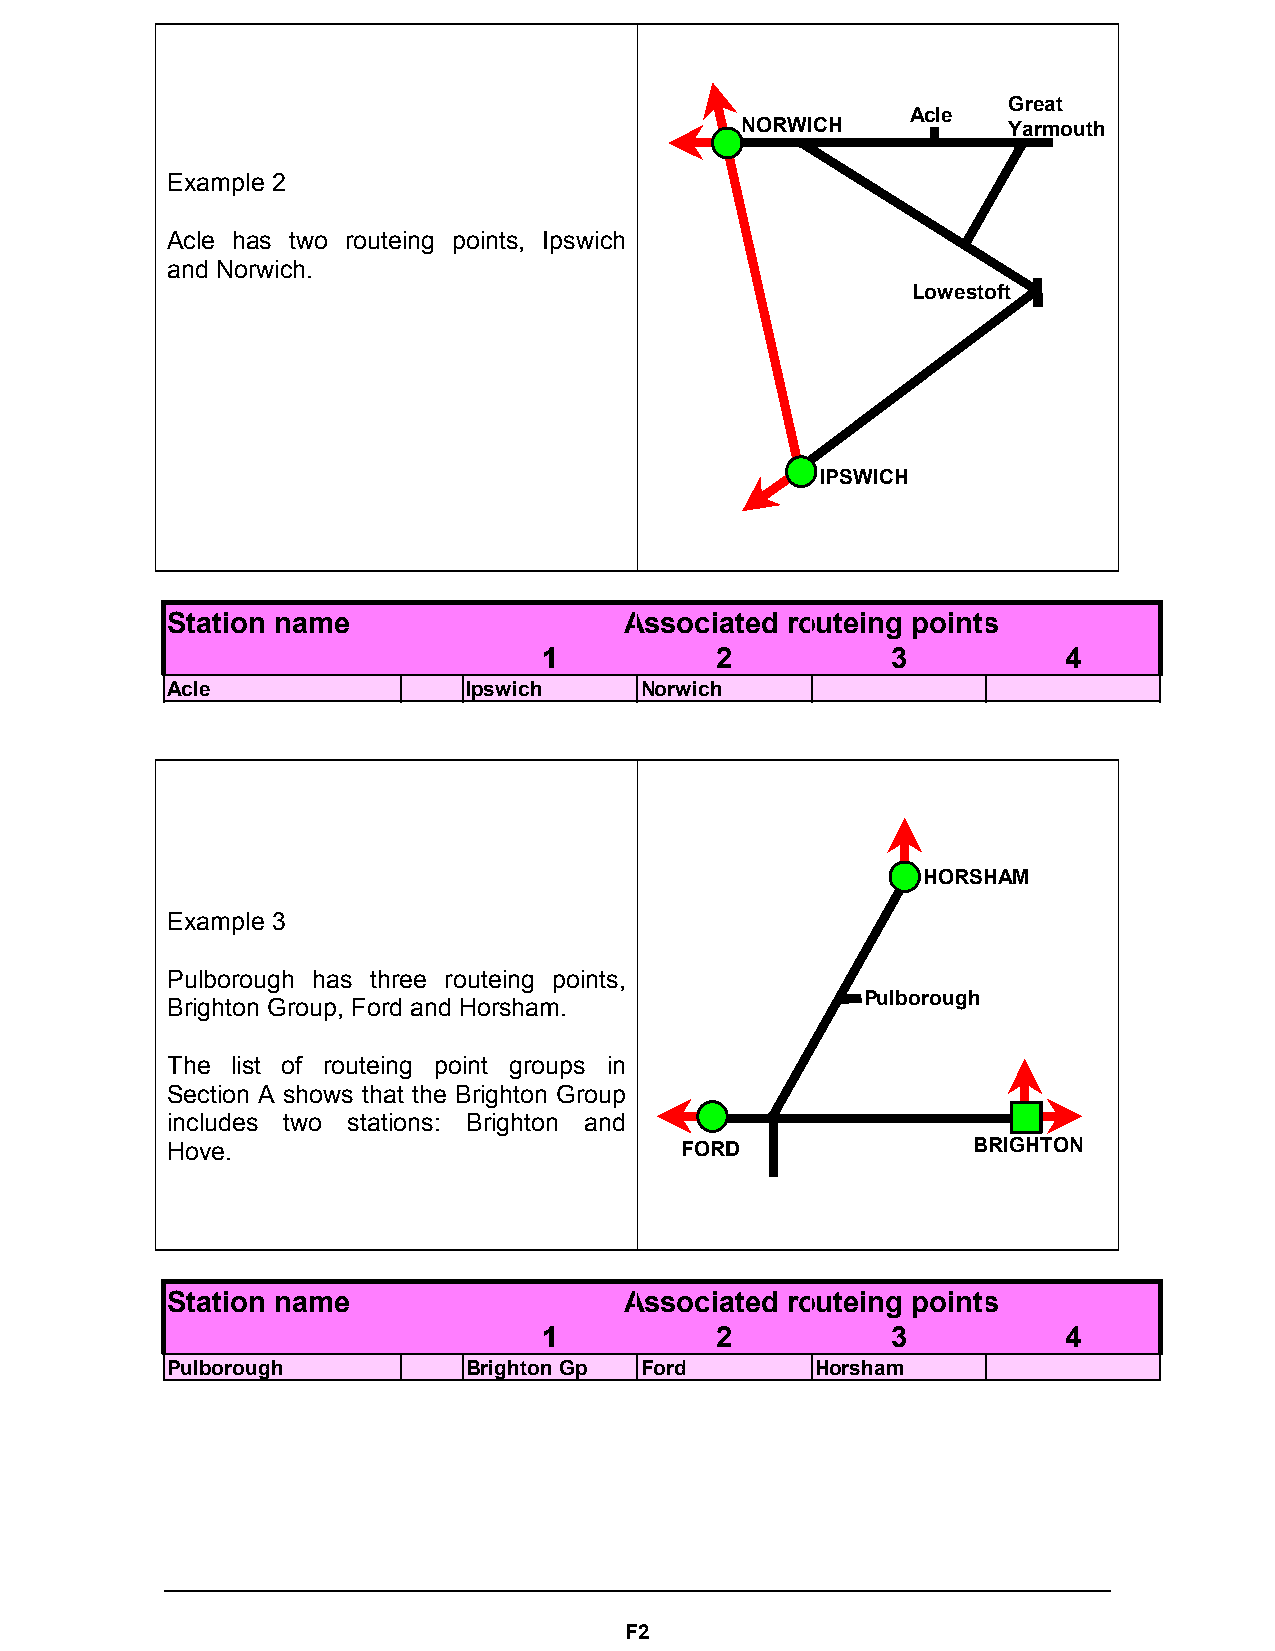
Great
 Acle
 NORWICH           Yarmouth
 Example 2
 Acle has two routeing points, Ipswich
 and Norwich.
 Lowestoft
 IPSWICH
 Station name                  Associated routeing points
 1          2           3           4
 Acle                Ipswich    Norwich
 HORSHAM
 Example 3
 Pulborough has three routeing points,
 Brighton Group, Ford and Horsham.             Pulborough
 The list of routeing point groups in
 Section A shows that the Brighton Group
 includes two stations: Brighton and
 Hove.                             FORD               BRIGHTON
 Station name                  Associated routeing points
 1          2           3           4
 Pulborough          Brighton Gp Ford       Horsham
 F2